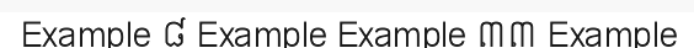
Example ៨ Example Example ៣៣ Example